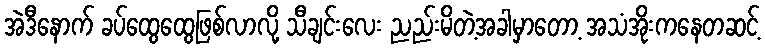
အဲဒီနောက် ခပ်ထွေထွေဖြစ်လာလို့ သီချင်းလေး ညည်းမိတဲ့အခါမှာတော့ အသံအိုးကနေတဆင့်